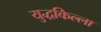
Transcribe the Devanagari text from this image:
युद्धकिल्ला